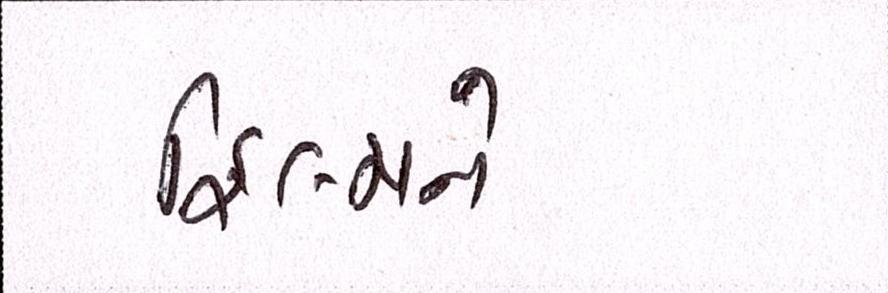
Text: ફિલ્મને